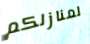
لمنازلكم